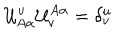
{ \cal U } _ { A \alpha } ^ { u } { \cal U } _ { v } ^ { A \alpha } = \delta _ { v } ^ { u }